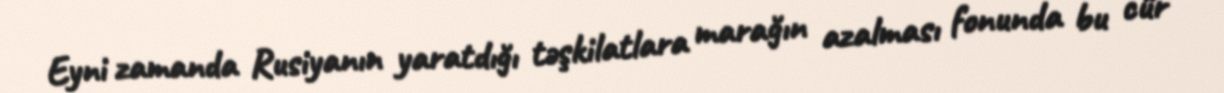
Eyni zamanda Rusiyanın yaratdığı təşkilatlara marağın azalması fonunda bu cür